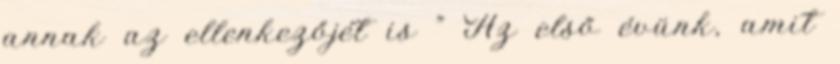
annak az ellenkezőjét is ” Az első évünk, amit